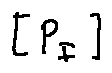
[ P _ { I } ]